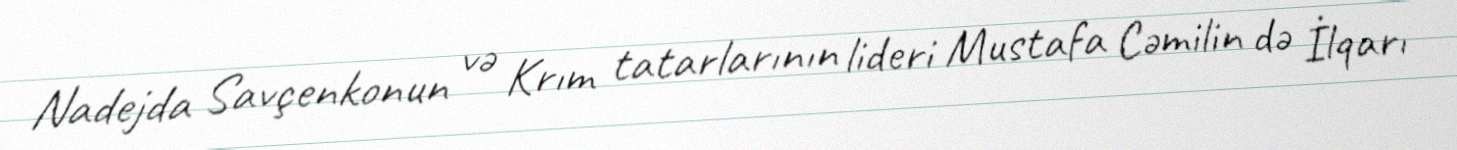
Nadejda Savçenkonun və Krım tatarlarının lideri Mustafa Cəmilin də İlqarı